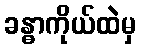
ခန္ဓာကိုယ်ထဲမှ